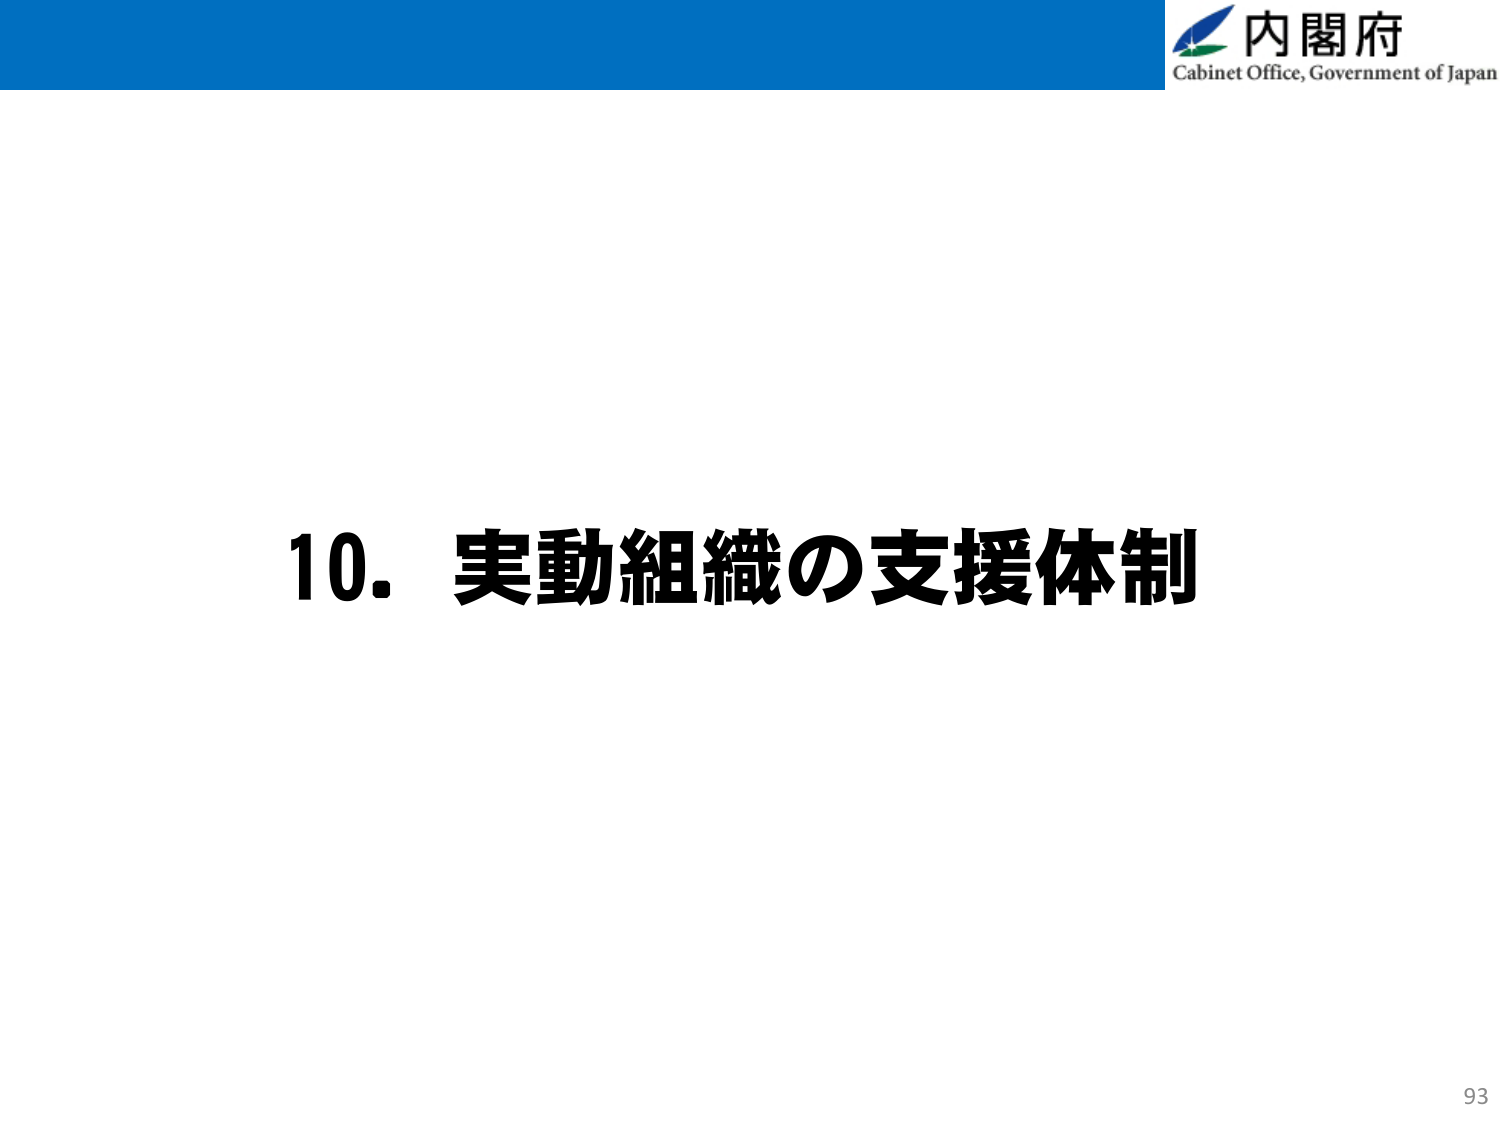
内閣府
Cabinet Office, Government of Japan
10. 実動組織の支援体制
93